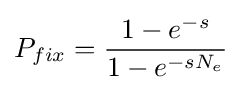
P_{fix}={\frac {1-e^{-s}}{1-e^{-sN_{e}}}}